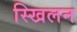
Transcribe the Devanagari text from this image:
स्खिलन